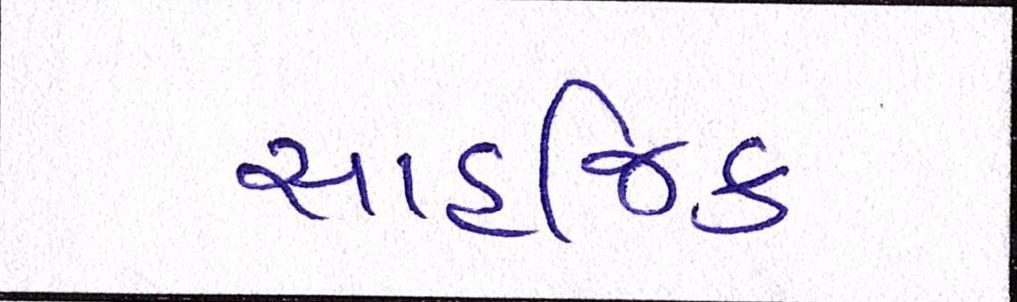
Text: સાહજિક